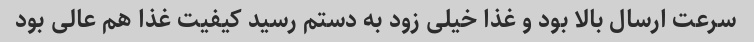
سرعت ارسال بالا بود و غذا خیلی زود به دستم رسید کیفیت غذا هم عالی بود